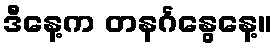
ဒီနေ့က တနင်္ဂနွေနေ့။